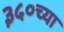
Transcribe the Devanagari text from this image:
३५०च्या